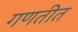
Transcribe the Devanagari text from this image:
गणतीत